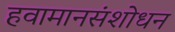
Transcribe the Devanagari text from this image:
हवामानसंशोधन